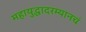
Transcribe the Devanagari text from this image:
महायुद्धादरम्यानचं